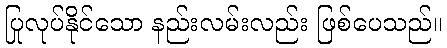
ပြုလုပ်နိုင်သော နည်းလမ်းလည်း ဖြစ်ပေသည်။